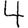
Digit: 4